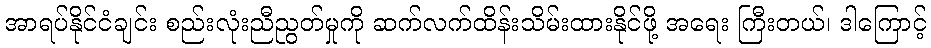
အာရပ်နိုင်ငံချင်း စည်းလုံးညီညွတ်မှုကို ဆက်လက်ထိန်းသိမ်းထားနိုင်ဖို့ အရေး ကြီးတယ်၊ ဒါကြောင့်